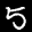
Label: 5